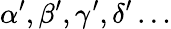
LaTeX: \alpha^{\prime},\beta^{\prime},\gamma^{\prime},\delta^{\prime}\ldots